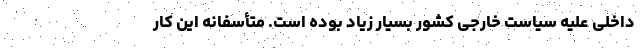
داخلی علیه سیاست خارجی کشور بسیار زیاد بوده است. متأسفانه این کار